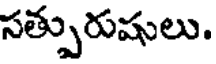
సత్పురుషులు.